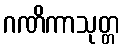
ဂဏိကာသုတ္တ